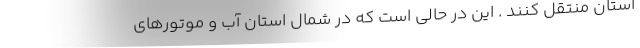
استان منتقل کنند . این در حالی است که در شمال استان آب و موتورهای